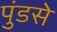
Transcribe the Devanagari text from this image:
पुंडसे